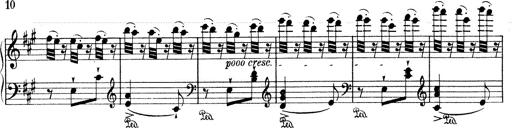
Title: Mephisto Waltz No.1
Composer: Franz Liszt